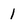
Character: 1